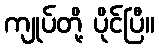
ကျုပ်တို့ ပိုင်ပြီ။